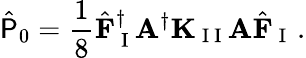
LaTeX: \hat{\mathsf{P}}_{0}=\frac{1}{8}\hat{\mathbf{F}}_{\mathrm{~I~}}^{\dagger}\mathbf{A}^{\dagger}\mathbf{K}_{\mathrm{~I~I~}}\mathbf{A}\hat{\mathbf{F}}_{\mathrm{~I~}}\, .